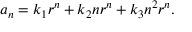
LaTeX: a _ { n } = k _ { 1 } r ^ { n } + k _ { 2 } n r ^ { n } + k _ { 3 } n ^ { 2 } r ^ { n } .